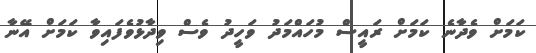
ކަމަށް ވެދާނެ ކަމަށް ރައީސް މުހައްމަދު ވަހީދު ވެސް ވިދާޅުވެފައިވާ ކަމަށް އޭނާ